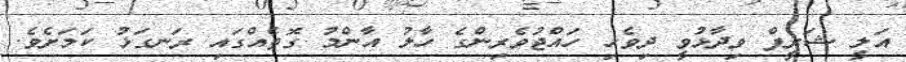
އަލީ ޝަރީފް ވިދާޅުވީ ދިވެހި ހައްޖުވެރިންގެ ހާލު އާންމު ގޮތެއްގައި ރަނގަޅު ކަމަށެެވެ.